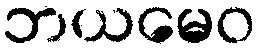
ဘယမေဝ